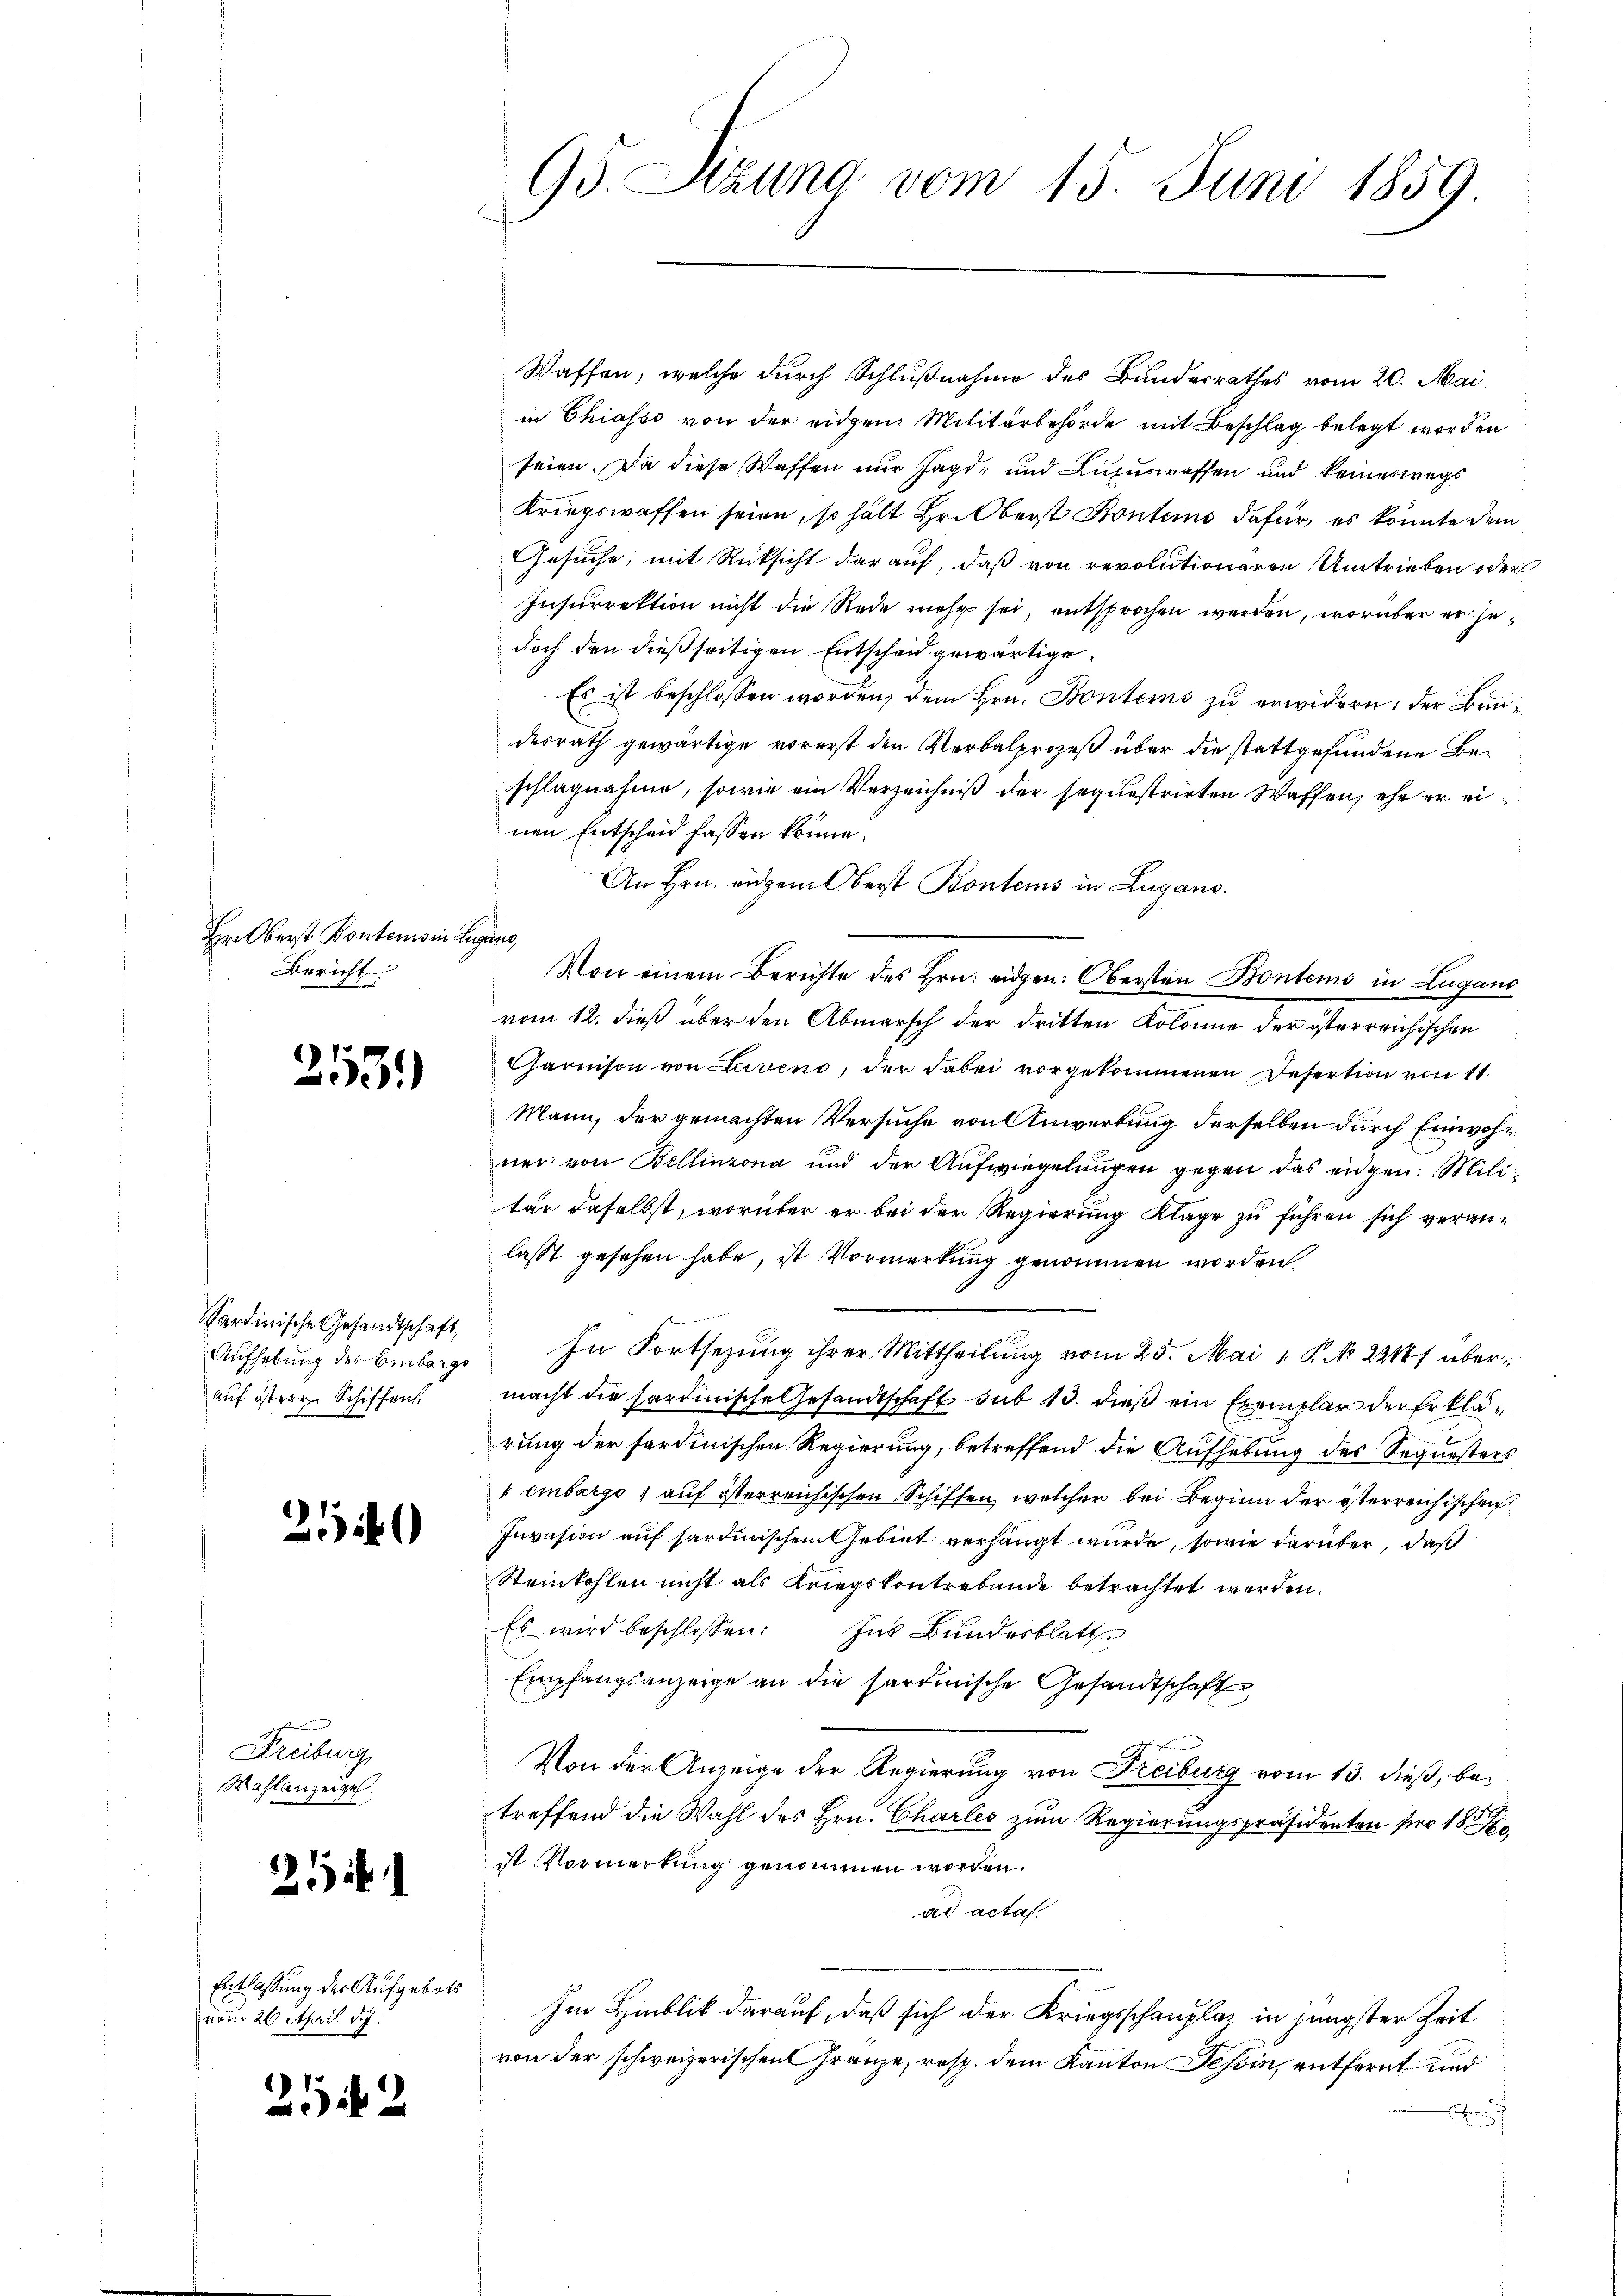
Hr Oberst Kontens in Leg
Bericht

253)

Sardinische Gesandtschaft,
Aufhebung des Einbargs
auf istere Schiffen

25

Freiburg
Wahlanzeigel.

215 f 1

Entlassung des Aufgebots
vom 22. April d. J.

212

95. Setzung vom 15. Juni 1859

Waffen, welche durch Schlußnahme des Bundesrathes vom 20. Mai
in Chiasso von der eidgen Militärbehörde mit Beschlag belegt worden
seien. Da diese Waffen nur Jagd- und Luxuswaffen und keineswegs
Kriegswaffen seien, so hält Hr. Oberst Bontens dafür, es könnte dem
Gesuche, mit Rücksicht darauf, daß von revolutionaren Umtrieben oder
Insurrektion nicht die Rede mehr sei, entsprochen werden, worüber er jedoch den dießseitigen Entscheid gewärtige
Es ist beschlossen worden, dem Hrn. Bontems zu erwidern; der Bundesrath gewärtige vorerst den Verbalprozeß über die stattgefundene Beschlagnahme, sowie ein Verzeichniß der sequestrirten Waffen, ehe er einen Entscheid fassen könne.
An Hrn. eigem Oberst Kontems in Lugano.
0
Von einem Berichte des Hrn. eidgen: Obersten Bonteme in Lugano
vom 12. dieß über den Abmarsch der dritten Kolonie der österreichischen
harnison von Laveno, der dabei vorgekommenen Desertion von 11
Mann, der gemachten Versuche von Anwertung derselben durch Einwohner von Bellinzona und der Aufwiegelungen gegen das eidgen. Militar daselbst, worüber er bei der Regierung Klage zu führen sich veranlasst gesehen habe, ist Vormerkung genommen worden.
In Fortsezung ihrer Mittheilung vom 25. Mai 1 P. No. 22187 übermacht die hardinische Gesandtschaft sub 13. dieß ein Exemplar der Erklärung der sardinischen Regierung, betreffend die Aufhebung des Sequesters
k einbargo 1 auf österreichischen Schiffen, welcher bei Beginn der österreichischen
Invasion auf sardinischem Gebiet verhängt wurde, sowie darüber, daß
Steinkohlen nicht als Kriegskontrebende betrachtet werden.
Es wird beschlossen: Ins Bundesblatt
Empfangsanzeige an die sardinische Gesandtschaft,
Von der Anzeige der Regierung von Freiburg vom 13. dieß, betreffend die Wahl des Hrn. Charles zum Regierungspräsidenten sei 1850
st Vormerkung genommen worden.
ad acta.
Im Hinblik darauf, daß sich der Kriegsschauplat in jüngster Zeit
von der schweizerischen Franze, resp. dem Kanton Tessin, entfernt und
e